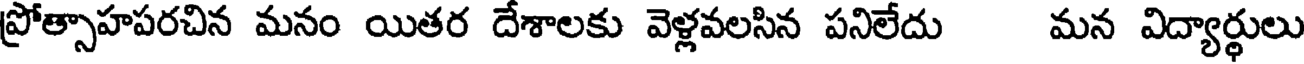
ప్రోత్సాహపరచిన మనం యితర దేశాలకు వెళ్లవలసిన పనిలేదు మన విద్యార్థులు